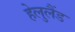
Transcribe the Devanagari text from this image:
हेलुलैंड